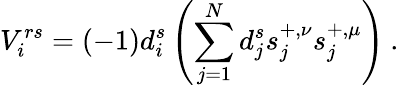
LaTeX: V_{i}^{rs}=(-1)d_{i}^{s}\left(\sum_{j=1}^{N}d_{j}^{s}s_{j}^{+,\nu}s_{j}^{+,\mu}\right)\: .